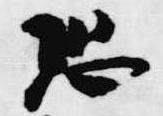
恐